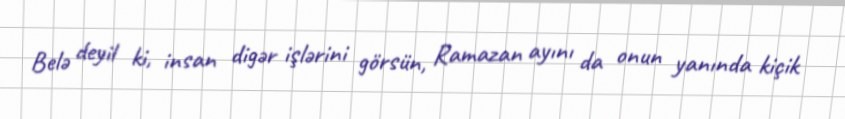
Belə deyil ki, insan digər işlərini görsün, Ramazan ayını da onun yanında kiçik